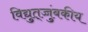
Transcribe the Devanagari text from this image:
विद्युत्‌च्चुंबकीय